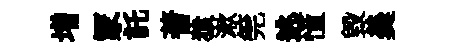
増冡託蓍猿漱筦逃憧毁羮